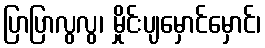
ပြာပြာလွလွ၊ မှိုင်းပျမှောင်မှောင်၊